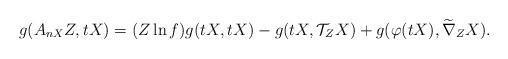
LaTeX: \begin{align*}g(A_{nX}Z, tX)=(Z\ln f)g(tX,tX)-g(tX,\mathcal{T}_{Z}X)+g(\varphi(tX), \widetilde\nabla_{Z}X).\end{align*}